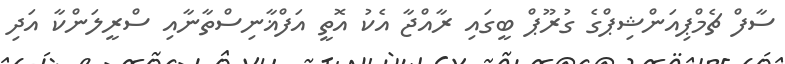
ސާފް ޗެމްޕިއަންޝިޕްގެ ގުރޫޕް ބީގައި ރާއްޖާ އެކު އޮތީ އަފްޣާނިސްތާނާއި ސްރީލަންކާ އަދި